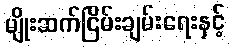
မျိုးဆက်ငြိမ်းချမ်းရေးနှင့်